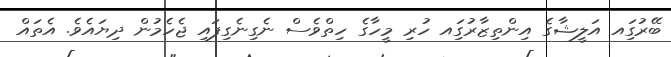
ބޭރުގަިއ އަލީޝާގެ އިންތިޒާރުގަިއ ހުރި މީހާގެ ހިތްވެސް ނެގިނެގިފައި ޖެހެމުން ދިޔައެވެ. އެތައް